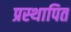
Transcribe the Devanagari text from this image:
प्रस्‍थापित